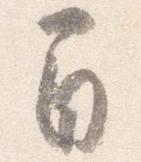
間